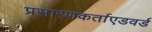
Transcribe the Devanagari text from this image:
प्रसारणकर्ताएडवर्ड